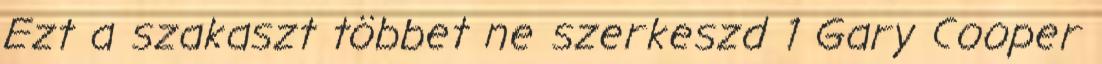
Ezt a szakaszt többet ne szerkeszd 1 Gary Cooper